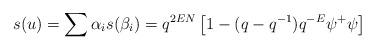
LaTeX: \begin{align*}s(u)=\sum\alpha_{i}s(\beta_{i})=q^{2EN}\left[1-(q-q^{-1})q^{-E}\psi^{+}\psi\right]\end{align*}